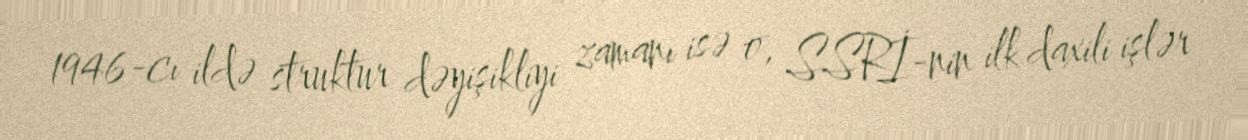
1946-cı ildə struktur dəyişikliyi zamanı isə o, SSRİ-nin ilk daxili işlər